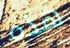
هذه